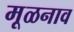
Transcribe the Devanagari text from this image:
मूळनाव